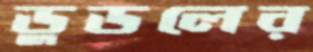
ডুডলের